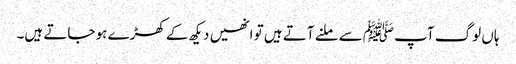
ہاں لوگ آپ ﷺسے ملنے آتے ہیں تو انھیں دیکھ کے کھڑے ہو جاتے ہیں۔